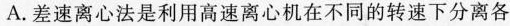
A.差速离心法是利用高速离心机在不同的转速下分离各